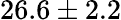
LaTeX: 26.6\pm 2.2